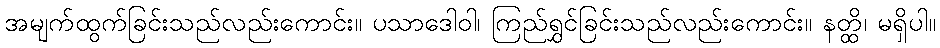
အမျက်ထွက်ခြင်းသည်လည်းကောင်း။ ပသာဒေါဝါ၊ ကြည်ရွှင်ခြင်းသည်လည်းကောင်း။ နတ္ထိ၊ မရှိပါ။